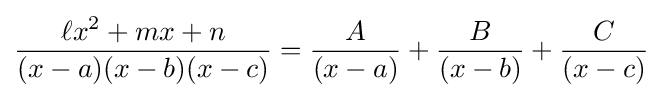
{\frac {\ell x^{2}+mx+n}{(x-a)(x-b)(x-c)}}={\frac {A}{(x-a)}}+{\frac {B}{(x-b)}}+{\frac {C}{(x-c)}}